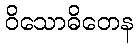
ဝိသောဓိတေန